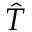
\hat { T }